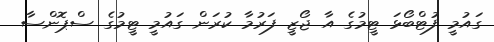
ގައުމީ ފުޓްބޯޅަ ޓީމުގެ އާ ޖޯޒީ ފަރުމާ ކުރަން ގައުމީ ޓީމުގެ ސްޕޮންސާ